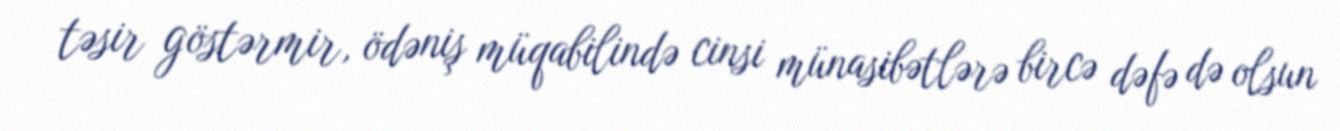
təsir göstərmir, ödəniş müqabilində cinsi münasibətlərə bircə dəfə də olsun